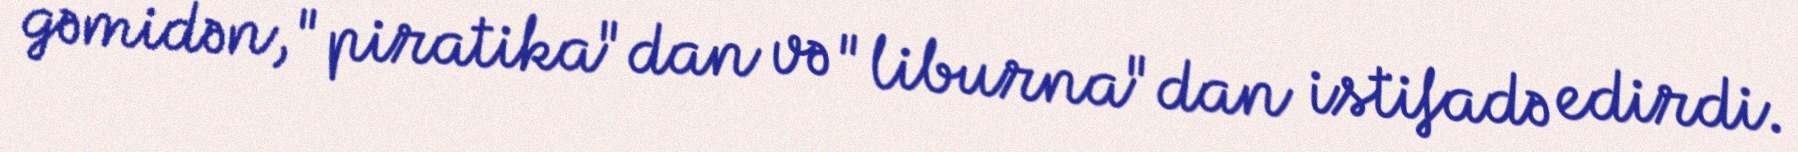
gəmidən, "piratika"dan və "liburna"dan istifadə edirdi.